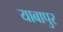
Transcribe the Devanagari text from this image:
याबापुर